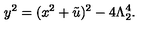
y ^ { 2 } = ( x ^ { 2 } + \tilde { u } ) ^ { 2 } - 4 \Lambda _ { 2 } ^ { 4 } .